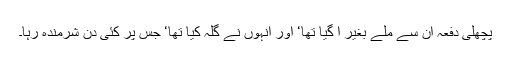
پچھلی دفعہ ان سے ملے بغیر آ گیا تھا‘ اور انہوں نے گلہ کیا تھا‘ جس پر کئی دن شرمندہ رہا۔